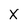
Character: X